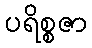
ပရိစ္စဇာ